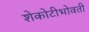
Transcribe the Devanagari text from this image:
शेकोटीभोवती